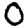
Digit: 0